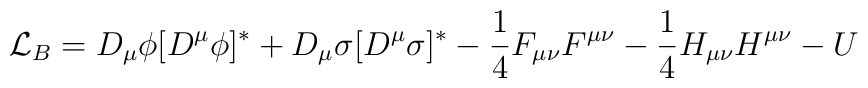
{\cal L}_B = D_{\mu}\phi [D^{\mu}  \phi]^* + D_{\mu}\sigma[D^{\mu} \sigma]^* -\frac{1}{4}F_{\mu\nu}F^{\mu\nu} - \frac{1}{4}H_{\mu\nu} H^{\mu\nu} -U